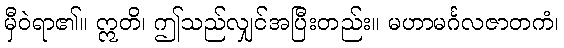
မှီဝဲရာ၏။ ဣတိ၊ ဤသည်လျှင်အပြီးတည်း။ မဟာမင်္ဂလဇာတကံ၊